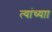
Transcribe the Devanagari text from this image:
त्यांच्याा